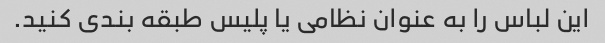
این لباس را به عنوان نظامی یا پلیس طبقه بندی کنید.